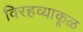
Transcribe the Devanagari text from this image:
विरहव्याकूळ